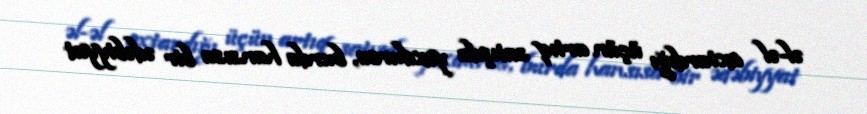
əl-əl axtardığı üçün artıq satışda yoxdursa, burda hansısa bir ədəbiyyat